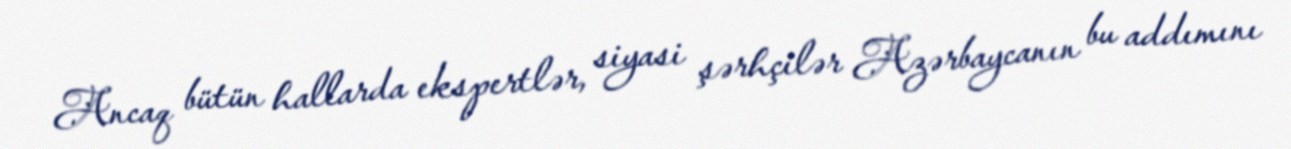
Ancaq bütün hallarda ekspertlər, siyasi şərhçilər Azərbaycanın bu addımını